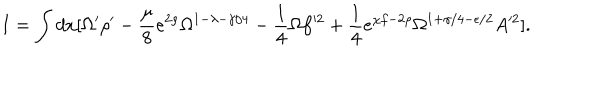
I = \int d x [ \Omega ^ { \prime } \rho ^ { \prime } - \frac { \mu } { 8 } e ^ { 2 \rho } \Omega ^ { 1 - \lambda - \gamma / 4 } - \frac { 1 } { 4 } \Omega f ^ { \prime 2 } + \frac { 1 } { 4 } e ^ { \chi f - 2 \rho } \Omega ^ { 1 + \gamma / 4 - \epsilon / 2 } A ^ { \prime 2 } ] .